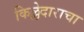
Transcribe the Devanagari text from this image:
किल्लेदाराचा